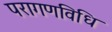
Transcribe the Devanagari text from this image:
परागणविधि